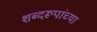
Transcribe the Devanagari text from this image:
शब्दरूपांच्या